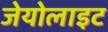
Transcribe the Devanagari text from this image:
जेयोलाइट